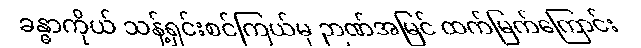
ခန္ဓာကိုယ် သန့်ရှင်းစင်ကြယ်မှ ဉာဏ်အမြင် ထက်မြက်ကြောင်း